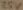
Text: 25V